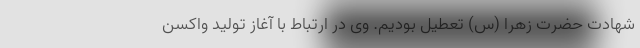
شهادت حضرت زهرا (س) تعطیل بودیم. وی در ارتباط با آغاز تولید واکسن